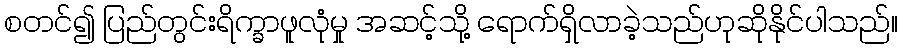
စတင်၍ ပြည်တွင်းရိက္ခာဖူလုံမှု အဆင့်သို့ ရောက်ရှိလာခဲ့သည်ဟုဆိုနိုင်ပါသည်။